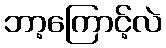
ဘာ့ကြောင့်လဲ